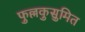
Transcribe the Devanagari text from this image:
फुल्लकुसुमित